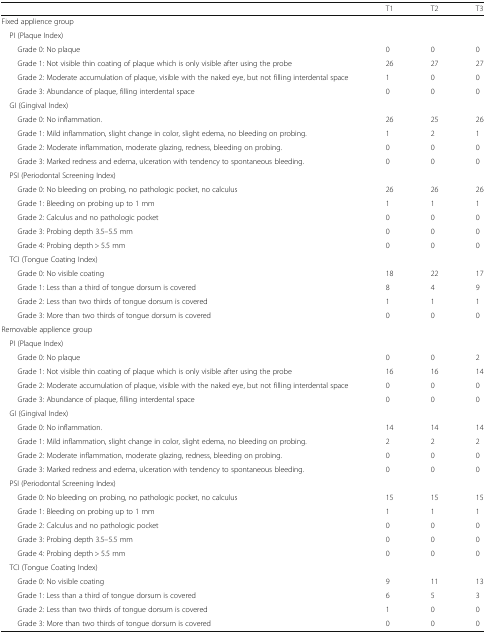
<table><thead><tr><td></td><td><b>T1</b></td><td><b>T2</b></td><td><b>T3</b></td></tr></thead><tbody><tr><td colspan="4">Fixed applience group</td></tr><tr><td colspan="4"> PI (Plaque Index)</td></tr><tr><td>Grade 0: No plaque</td><td>0</td><td>0</td><td>0</td></tr><tr><td>Grade 1: Not visible thin coating of plaque which is only visible after using the probe</td><td>26</td><td>27</td><td>27</td></tr><tr><td>Grade 2: Moderate accumulation of plaque, visible with the naked eye, but not filling interdental space</td><td>1</td><td>0</td><td>0</td></tr><tr><td>Grade 3: Abundance of plaque, filling interdental space</td><td>0</td><td>0</td><td>0</td></tr><tr><td colspan="4"> GI (Gingival Index)</td></tr><tr><td>Grade 0: No inflammation.</td><td>26</td><td>25</td><td>26</td></tr><tr><td>Grade 1: Mild inflammation, slight change in color, slight edema, no bleeding on probing.</td><td>1</td><td>2</td><td>1</td></tr><tr><td>Grade 2: Moderate inflammation, moderate glazing, redness, bleeding on probing.</td><td>0</td><td>0</td><td>0</td></tr><tr><td>Grade 3: Marked redness and edema, ulceration with tendency to spontaneous bleeding.</td><td>0</td><td>0</td><td>0</td></tr><tr><td colspan="4"> PSI (Periodontal Screening Index)</td></tr><tr><td>Grade 0: No bleeding on probing, no pathologic pocket, no calculus</td><td>26</td><td>26</td><td>26</td></tr><tr><td>Grade 1: Bleeding on probing up to 1 mm</td><td>1</td><td>1</td><td>1</td></tr><tr><td>Grade 2: Calculus and no pathologic pocket</td><td>0</td><td>0</td><td>0</td></tr><tr><td>Grade 3: Probing depth 3.5–5.5 mm</td><td>0</td><td>0</td><td>0</td></tr><tr><td>Grade 4: Probing depth &gt; 5.5 mm</td><td>0</td><td>0</td><td>0</td></tr><tr><td colspan="4"> TCI (Tongue Coating Index)</td></tr><tr><td>Grade 0: No visible coating</td><td>18</td><td>22</td><td>17</td></tr><tr><td>Grade 1: Less than a third of tongue dorsum is covered</td><td>8</td><td>4</td><td>9</td></tr><tr><td>Grade 2: Less than two thirds of tongue dorsum is covered</td><td>1</td><td>1</td><td>1</td></tr><tr><td>Grade 3: More than two thirds of tongue dorsum is covered</td><td>0</td><td>0</td><td>0</td></tr><tr><td colspan="4">Removable applience group</td></tr><tr><td colspan="4"> PI (Plaque Index)</td></tr><tr><td>Grade 0: No plaque</td><td>0</td><td>0</td><td>2</td></tr><tr><td>Grade 1: Not visible thin coating of plaque which is only visible after using the probe</td><td>16</td><td>16</td><td>14</td></tr><tr><td>Grade 2: Moderate accumulation of plaque, visible with the naked eye, but not filling interdental space</td><td>0</td><td>0</td><td>0</td></tr><tr><td>Grade 3: Abundance of plaque, filling interdental space</td><td>0</td><td>0</td><td>0</td></tr><tr><td colspan="4"> GI (Gingival Index)</td></tr><tr><td>Grade 0: No inflammation.</td><td>14</td><td>14</td><td>14</td></tr><tr><td>Grade 1: Mild inflammation, slight change in color, slight edema, no bleeding on probing.</td><td>2</td><td>2</td><td>2</td></tr><tr><td>Grade 2: Moderate inflammation, moderate glazing, redness, bleeding on probing.</td><td>0</td><td>0</td><td>0</td></tr><tr><td>Grade 3: Marked redness and edema, ulceration with tendency to spontaneous bleeding.</td><td>0</td><td>0</td><td>0</td></tr><tr><td colspan="4"> PSI (Periodontal Screening Index)</td></tr><tr><td>Grade 0: No bleeding on probing, no pathologic pocket, no calculus</td><td>15</td><td>15</td><td>15</td></tr><tr><td>Grade 1: Bleeding on probing up to 1 mm</td><td>1</td><td>1</td><td>1</td></tr><tr><td>Grade 2: Calculus and no pathologic pocket</td><td>0</td><td>0</td><td>0</td></tr><tr><td>Grade 3: Probing depth 3.5–5.5 mm</td><td>0</td><td>0</td><td>0</td></tr><tr><td>Grade 4: Probing depth &gt; 5.5 mm</td><td>0</td><td>0</td><td>0</td></tr><tr><td colspan="4"> TCI (Tongue Coating Index)</td></tr><tr><td>Grade 0: No visible coating</td><td>9</td><td>11</td><td>13</td></tr><tr><td>Grade 1: Less than a third of tongue dorsum is covered</td><td>6</td><td>5</td><td>3</td></tr><tr><td>Grade 2: Less than two thirds of tongue dorsum is covered</td><td>1</td><td>0</td><td>0</td></tr><tr><td>Grade 3: More than two thirds of tongue dorsum is covered</td><td>0</td><td>0</td><td>0</td></tr></tbody></table>